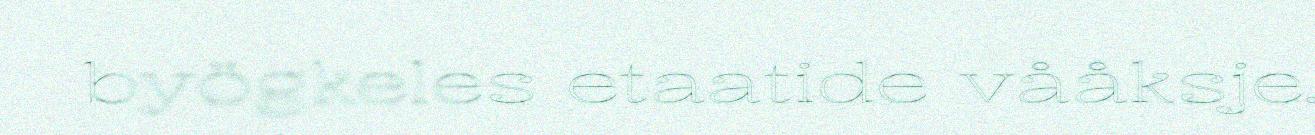
byögkeles etaatide vååksje.